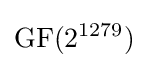
\mathrm {GF} (2^{1279})